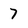
Character: 7